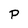
Character: P